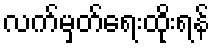
လက်မှတ်ရေးထိုးရန်